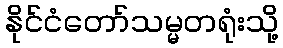
နိုင်ငံတော်သမ္မတရုံးသို့